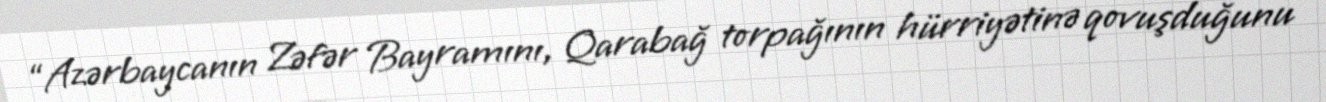
“Azərbaycanın Zəfər Bayramını, Qarabağ torpağının hürriyətinə qovuşduğunu